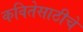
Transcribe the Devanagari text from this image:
कवितेसाठीचे